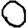
Digit: 0